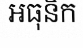
អធុនិក